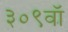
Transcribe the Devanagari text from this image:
३०९वॉ